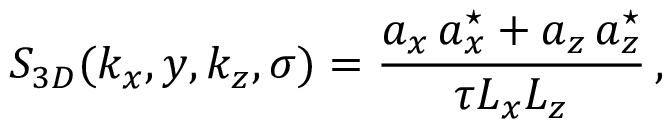
S _ { 3 D } ( k _ { x } , y , k _ { z } , \sigma ) = \frac { a _ { x } \, a _ { x } ^ { \star } + a _ { z } \, a _ { z } ^ { \star } } { \tau L _ { x } L _ { z } } \, ,